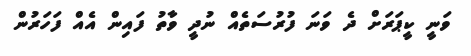
ވަނީ ކީޕަރަށް ދެ ވަނަ ފުރުސަތެއް ނުދީ ވާތު ފައިން އެއް ފަހަރުން